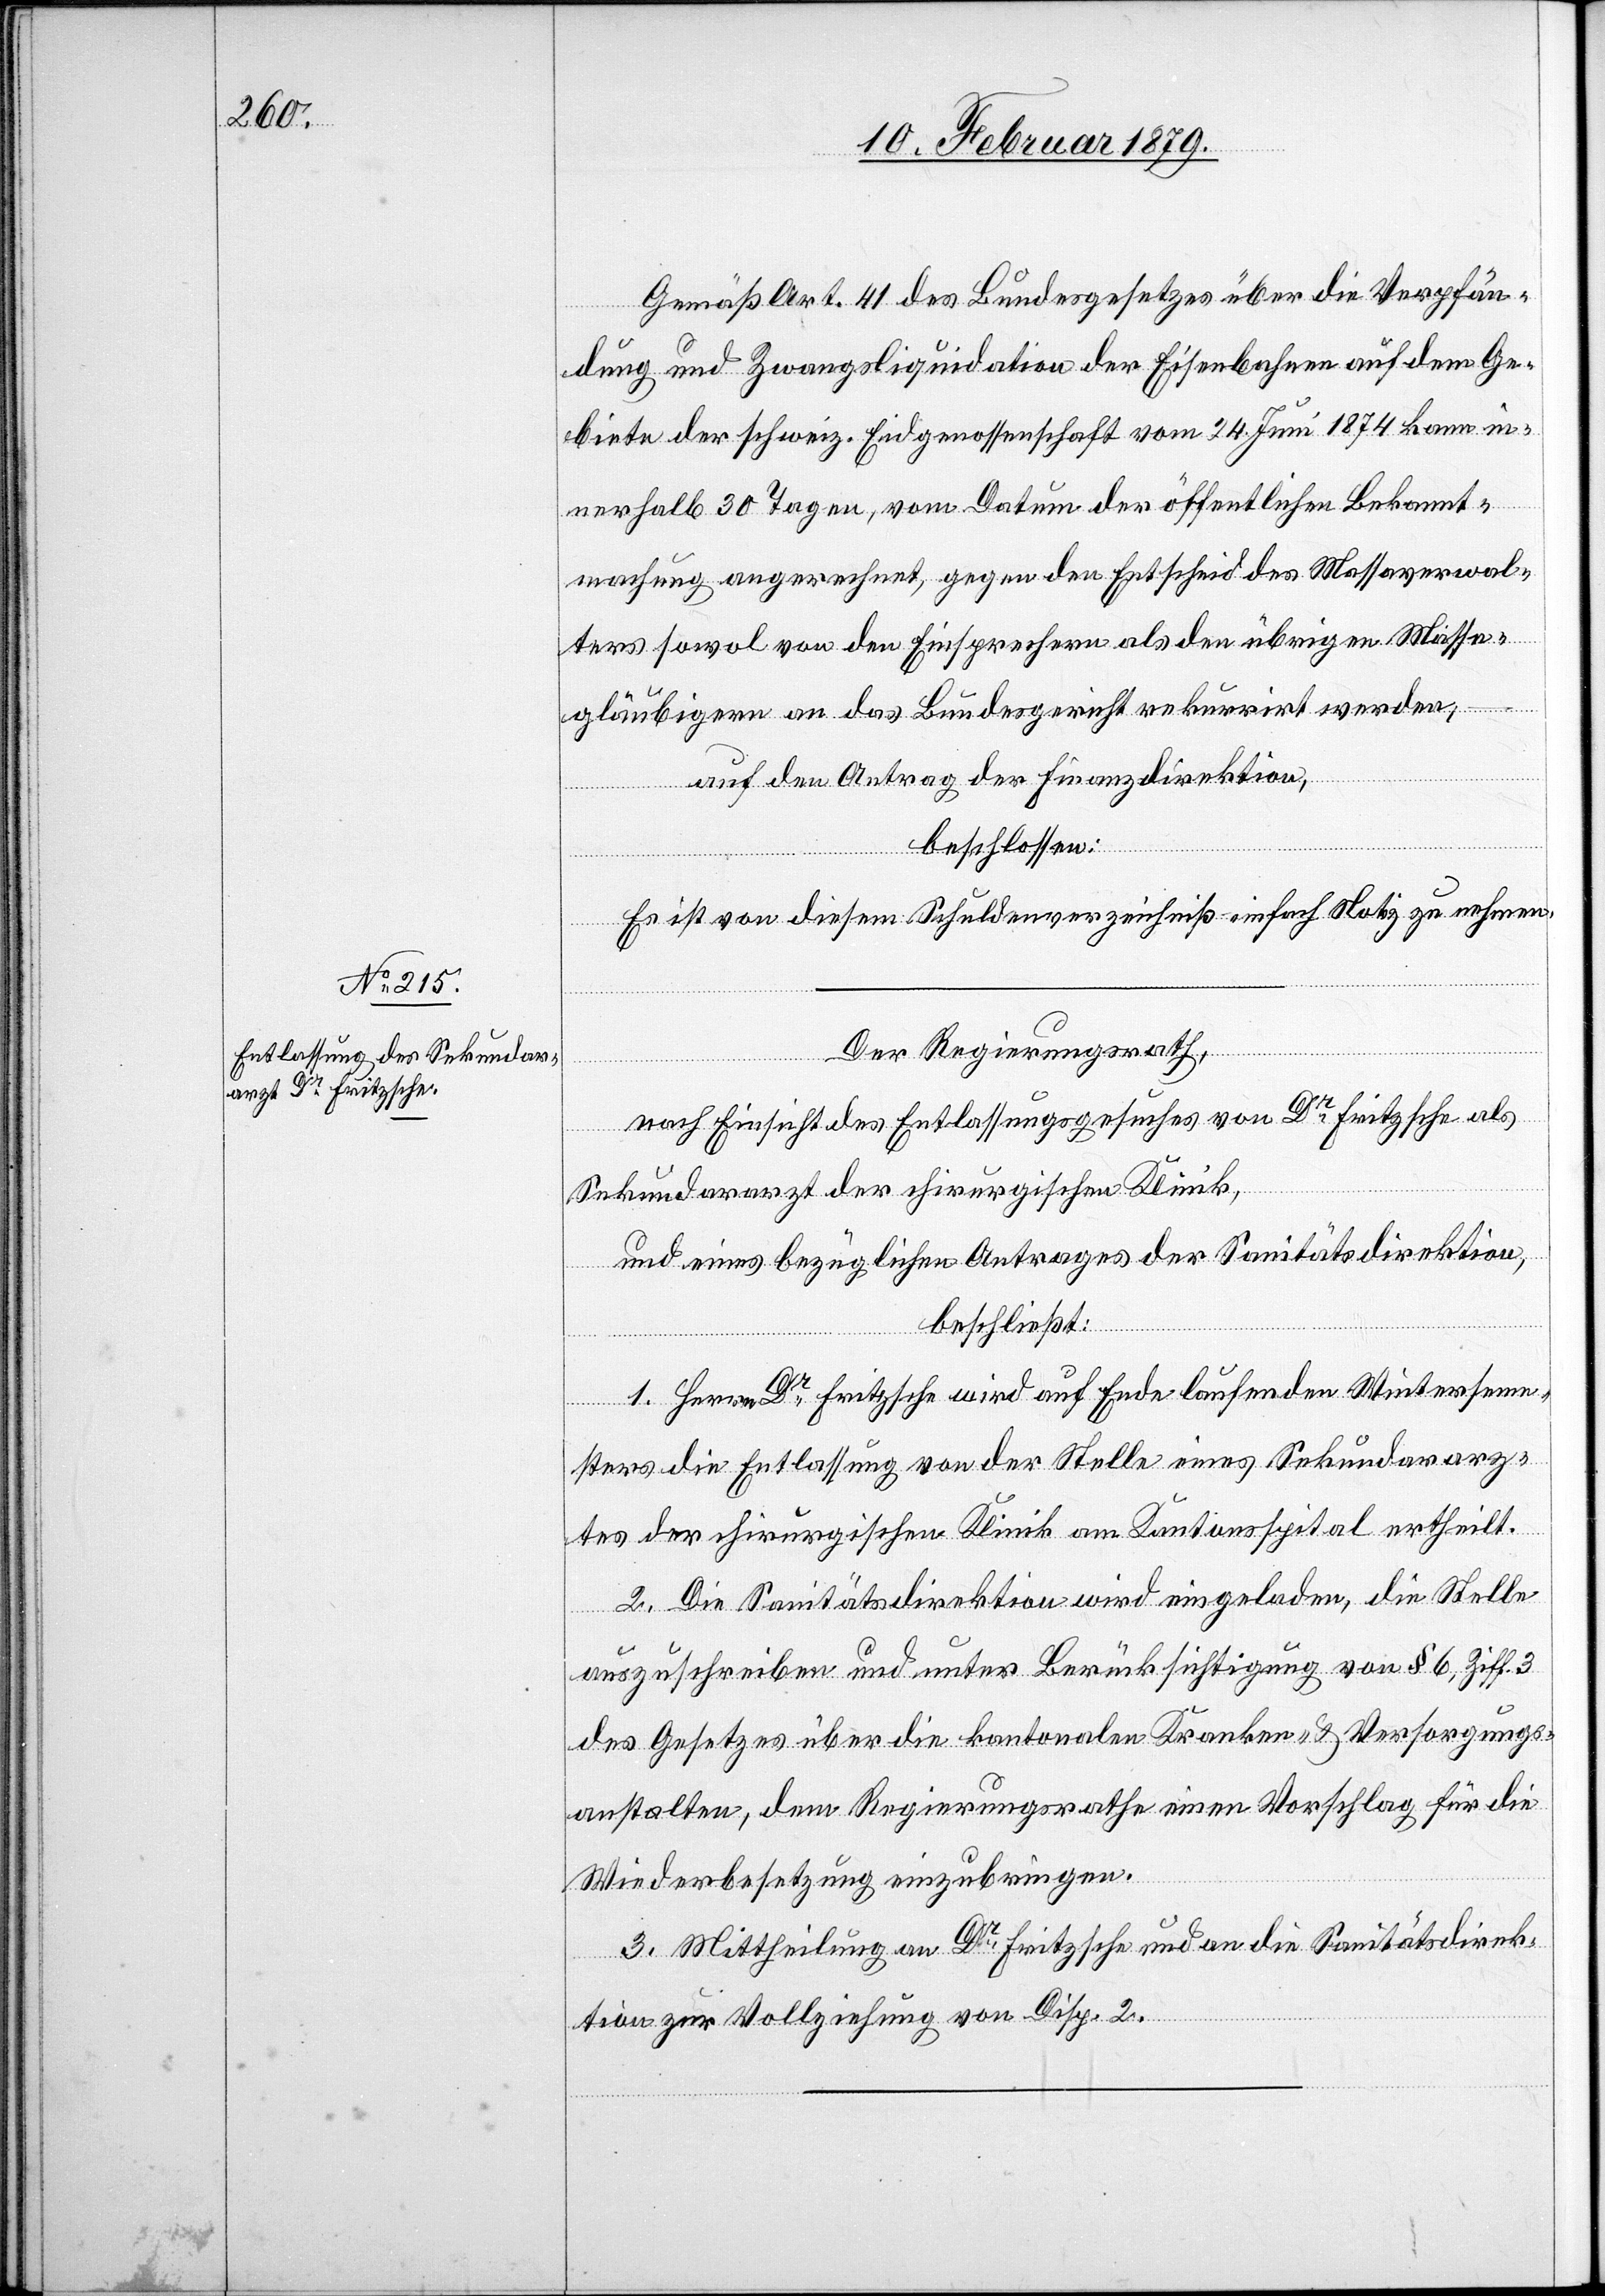
Gemäß Art. 41 des Bundesgesetzes über die Verpfän¬
dung und Zwangsliquidation der Eisenbahnen auf dem Ge¬
biete der schweiz. Eidgenossenschaft vom 24. Juni 1874 kann in¬
nerhalb 30 Tagen, vom Datum der öffentlichen Bekannt¬
machung angerechnet, gegen den Entscheid des Massaverwal¬
ters sowol von den Einsprechern als den übrigen Massa¬
gläubigern an das Bundesgericht rekurrirt werden,
auf den Antrag der Finanzdirektion,
beschlossen:
Es ist von diesem Schuldenverzeichniß einfach Notiz zu nehmen.
Der Regierungsrath,
nach Einsicht des Entlassungsgesuches von Dr Fritzsche als
Sekundararzt der chirurgischen Klinik,
und eines bezüglichen Antrages der Sanitätsdirektion,
beschließt:
1. Herrn Dr Fritzsche wird auf Ende laufenden Winterseme¬
sters die Entlassung von der Stelle eines Sekundararz¬
tes der chirurgischen Klinik am Kantonsspital ertheilt.
2. Die Sanitätsdirektion wird eingeladen, die Stelle
auszuschreiben und unter Berücksichtigung von § 6, Ziff. 3
des Gesetzes über die kantonalen Kranken- & Versorgungs¬
anstalten, dem Regierungsrathe einen Vorschlag für die
Wiederbesetzung einzubringen.
3. Mittheilung an Dr Fritzsche und an die Sanitätsdirek¬
tion zur Vollziehung von Disp. 2.